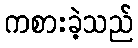
ကစားခဲ့သည်